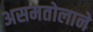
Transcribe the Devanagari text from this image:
असमतोलाने